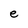
Character: e